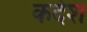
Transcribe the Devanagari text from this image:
कदेश